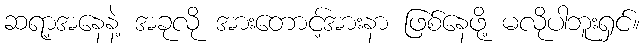
ဆရာ့အနေနဲ့ အခုလို အားတောင့်အားနာ ဖြစ်နေဖို့ မလိုပါဘူးရှင်။